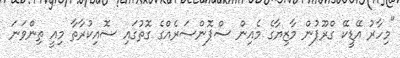
"މިހާރު އޭޑީކޭ ގްރޫޕުން މާޒިޔާގެ މެއިން ސްޕޮންސަރެއްގެ ގޮތުގައި ސޮއިކުރާތާ މިއީ ތިންވަނަ